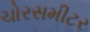
ચોરસમીટર